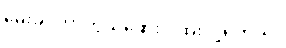
မေးခိုင်ကာကွယ်ဆေးပဲ ထိုးလို့ရတယ်။